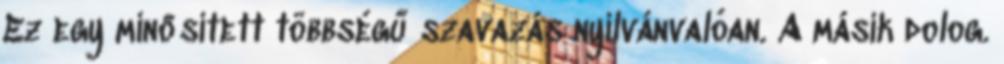
Ez egy minősített többségű szavazás nyilvánvalóan. A másik dolog.